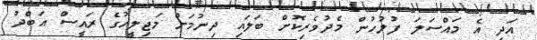
އަދި އެ މައްސަލަ ފުލުހުން މެދުވެރިކޮށް ބަލައި ދިނުމަށް މަޖިލީހުގެ ރައީސް އަބްދު